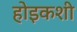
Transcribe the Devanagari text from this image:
होइकशी